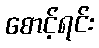
စောင့်ရင်း